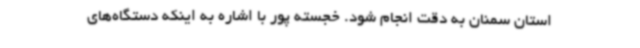
استان سمنان به دقت انجام شود. خجسته پور با اشاره به اینکه دستگاه‌های